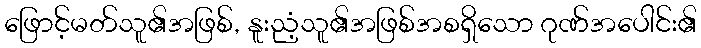
ဖြောင့်မတ်သူ၏အဖြစ်, နူးညံ့သူ၏အဖြစ်အစရှိသော ဂုဏ်အပေါင်း၏